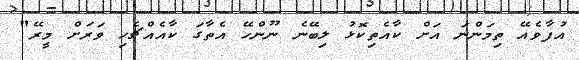
އުފާވެއޭ ތިމަންނަ އަށް ކާއެތިކޮޅު ލިބޭނެ ނޫންހޭ އެތާގަ ކާއެއްޗެހި ވަރަށް މީރޭ"